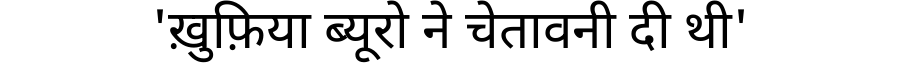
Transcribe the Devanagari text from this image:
'ख़ुफ़िया ब्यूरो ने चेतावनी दी थी'